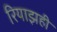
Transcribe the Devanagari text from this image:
रियाझही